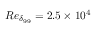
R e _ { \delta _ { 9 9 } } = 2 . 5 \times 1 0 ^ { 4 }